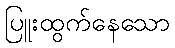
ပြူးထွက်နေသော